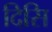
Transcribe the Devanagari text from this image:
दिसि